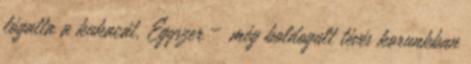
lógatta a kukacát. Egyszer – még boldogult tévés korunkban